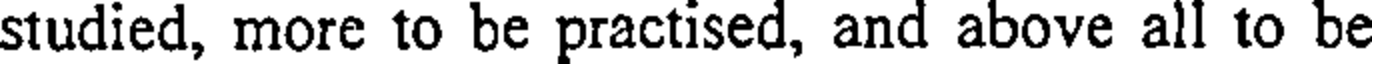
studied, more to be practised, and above all to be